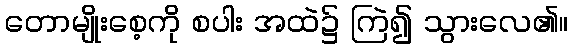
တောမျိုးစေ့ကို စပါး အထဲ၌ ကြဲ၍ သွားလေ၏။